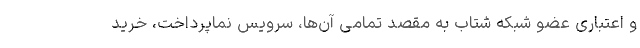
و اعتباری عضو شبکه شتاب به مقصد تمامی آن‌ها، سرویس نماپرداخت، خرید